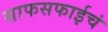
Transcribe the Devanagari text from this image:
साफसफाईचं